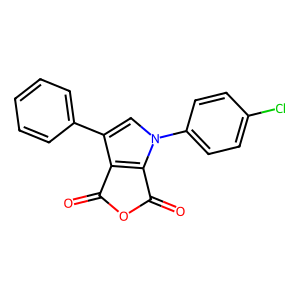
SMILES: O=C1OC(=O)c2c1c(-c1ccccc1)cn2-c1ccc(Cl)cc1
Inhibits HIV replication: No